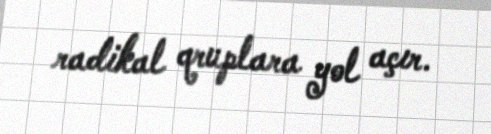
radikal qruplara yol açır.